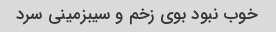
خوب نبود بوی زخم و سیبزمینی سرد